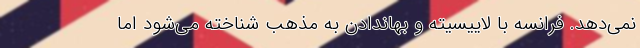
نمی‌دهد. فرانسه با لاییسیته و بها‌ندادن به مذهب شناخته می‌شود اما